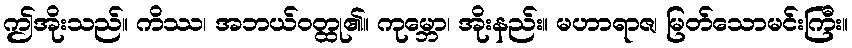
ဤအိုးသည်။ ကိဿ၊ အဘယ်ဝတ္ထု၏။ ကုမ္ဘော၊ အိုးနည်း။ မဟာရာဇ၊ မြတ်သောမင်းကြီး။